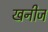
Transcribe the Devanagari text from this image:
खनीज